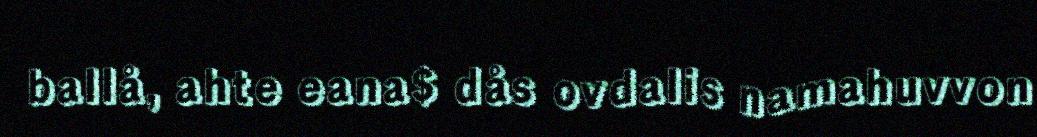
ballå, ahte eana$ dås ovdalis namahuvvon